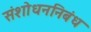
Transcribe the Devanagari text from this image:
संशोधननिबंध